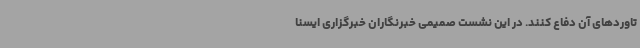
تاوردهای آن دفاع کنند. در این نشست صمیمی خبرنگاران خبرگزاری ایسنا